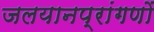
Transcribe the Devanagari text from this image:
जलयानप्रांगणों